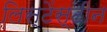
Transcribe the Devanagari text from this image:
लिस्टेंस्टीन